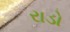
રાડો